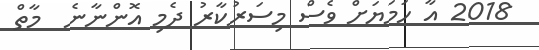
2018 އާ ހަމަޔަށް ވެސް މިސަރުކާރު ދެމި އޮންނާނެ  މާތް